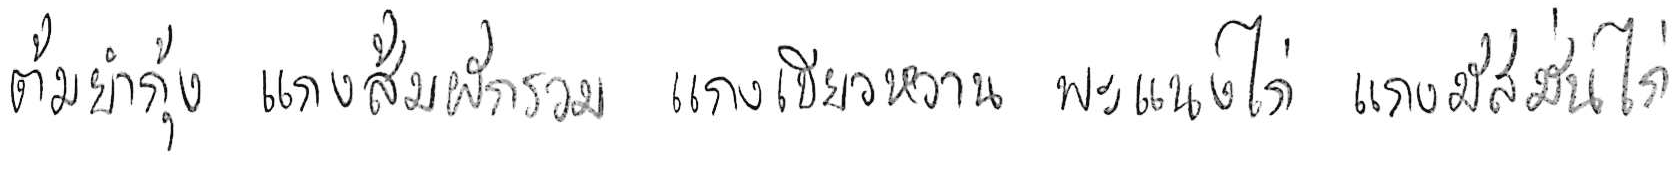
ต้มยำกุ้ง แกงส้มผักรวม แกงเขียวหวาน พะแนงไก่ แกงมัสมั่นไก่